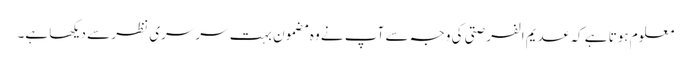
معلوم ہوتا ہے کہ عدیم الفرصتی کی وجہ سے آپ نے وہ مضمون بہت سرسری نظر سے دیکھا ہے۔